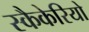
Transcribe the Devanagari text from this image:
स्कैकेरियो